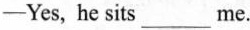
-Yes, he sits___me.